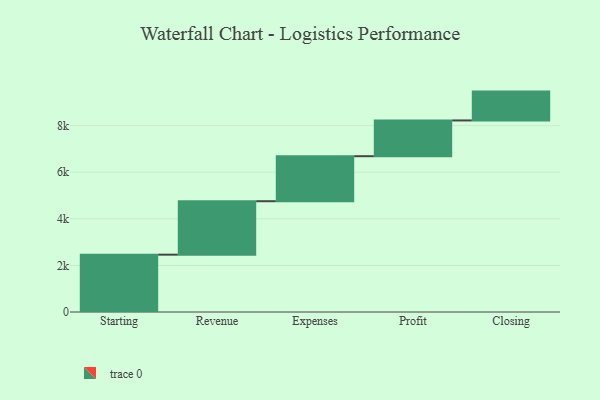
{"axis": {"x": "Step", "y": "Value"}, "legend": [""], "data": [{"x": "Starting", "y": 2461.0, "type": ""}, {"x": "Revenue", "y": 2295.0, "type": ""}, {"x": "Expenses", "y": 1932.0, "type": ""}, {"x": "Profit", "y": 1535.0, "type": ""}, {"x": "Closing", "y": 1238.0, "type": ""}]}